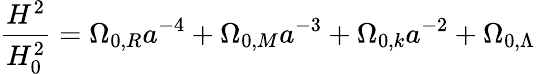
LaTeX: {\frac{H^{2}}{H_{0}^{2}}}=\Omega_{0,R}a^{-4}+\Omega_{0,M}a^{-3}+\Omega_{0,k}a^{-2}+\Omega_{0,\Lambda}